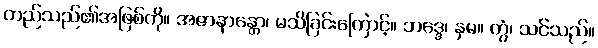
တည်သည်၏အဖြစ်ကို။ အဇာနာန္တော၊ မသိခြင်းကြောင့်။ ဘဒ္ဒေ၊ နှမ။ တွံ၊ သင်သည်။